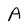
Character: A